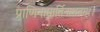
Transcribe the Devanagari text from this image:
प्राणिनामार्तिनाशनम्।।